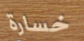
خسارة